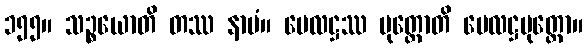
၁၅၅။ သဉ္စယောတိ တဿ နာမံ။ ဗေလဋ္ဌဿ ပုတ္တောတိ ဗေလဋ္ဌပုတ္တော။